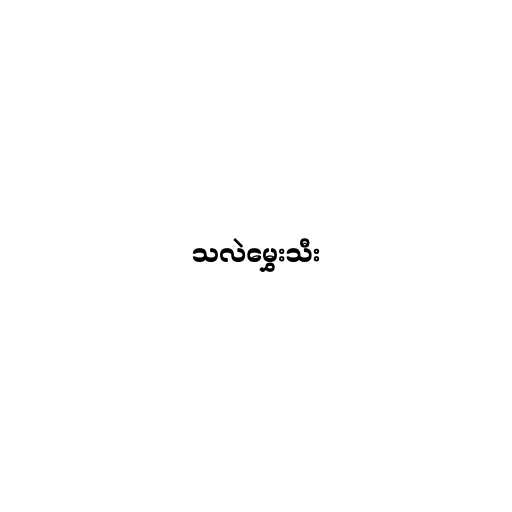
သလဲမွှေးသီး